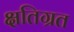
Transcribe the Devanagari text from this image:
क्षतिग्रत